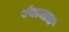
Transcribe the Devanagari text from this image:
पंथाचाच